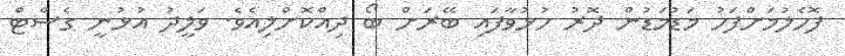
ފޮހެލުމަށްފަހު މަޑުމަޑުން ދޮރު ހުޅުވާފައި ބޭރަށް ބޯ ދިއްކޮށްލިއެވެ. ވަލީދު އުޅުނީ ގެސްޓްް